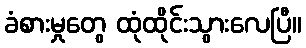
ခံစားမှုတွေ ထုံထိုင်းသွားလေပြီ။